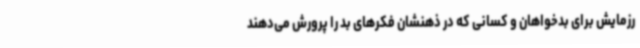
رزمایش برای بدخواهان و کسانی که در ذهنشان فکرهای بد را پرورش می‌دهند